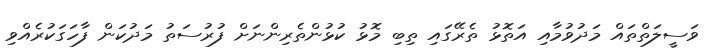
ވަސީލަތްތައް މަދުވުމާއި އަތޮޅު ތެރޭގައި ތިބި މޮޅު ކުޅުންތެރިންނަށް ފުރުސަތު މަދުކަން ފާހަގަކުރެއްވި